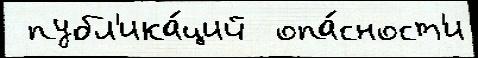
 публ'ика́ций  опа́сност'и